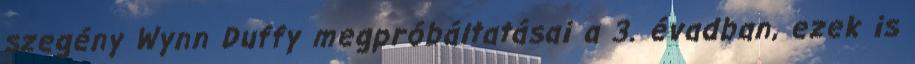
szegény Wynn Duffy megpróbáltatásai a 3. évadban, ezek is